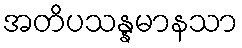
အတိပသန္နမာနသာ